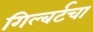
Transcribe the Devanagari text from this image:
गिल्बर्टचा